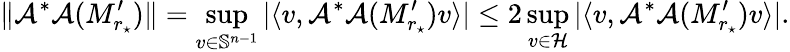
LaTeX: \| \mathcal{A^{*}A}(M_{r_{\star}}^{\prime})\| =\operatorname*{sup}_{v\in\mathbb S^{n-1}}|\langle v,\mathcal{A^{*}A}(M_{r_{\star}}^{\prime})v\rangle|\le 2\operatorname*{sup}_{v\in\mathcal H}|\langle v,\mathcal{A^{*}A}(M_{r_{\star}}^{\prime})v\rangle|.